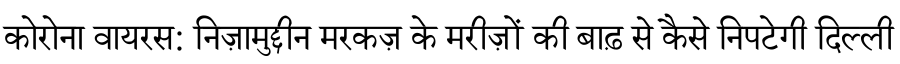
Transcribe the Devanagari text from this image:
कोरोना वायरस: निज़ामुद्दीन मरकज़ के मरीज़ों की बाढ़ से कैसे निपटेगी दिल्ली